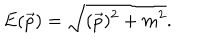
LaTeX: E ( \vec { p } ) = \sqrt { ( \vec { p } ) ^ { 2 } + m ^ { 2 } } .